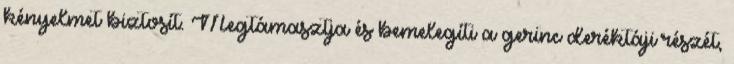
kényelmet biztosít. Megtámasztja és bemelegíti a gerinc deréktáji részét,